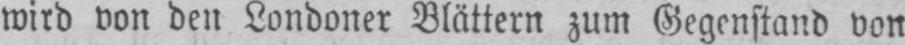
wird von den Londoner Blättern zum Gegenstand von